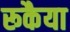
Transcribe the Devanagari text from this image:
रूकैया